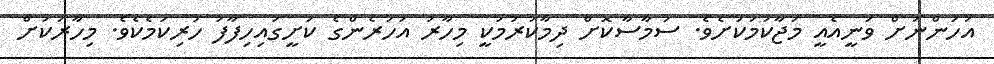
އަހަންނަށް ވަނީއެއީ މަޖާކަމަކަށެވެ. ސަމާސާކޮށް ދިމާކުރުމަކީ މިހާރު އަހަރެންގެ ކަށީގައިހިފާފަ ހުރިކަމެކެވެ. މިހާރަކަށް